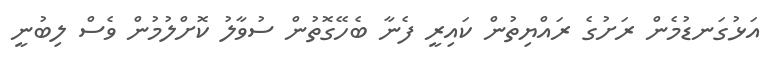
އަޅުގަނޑުމެން ރަށުގެ ރައްޔިތުން ކައިރީ ފެނާ ބެހޭގޮތުން ސުވާލު ކޮށްލުމުން ވެސް ލިބުނީ